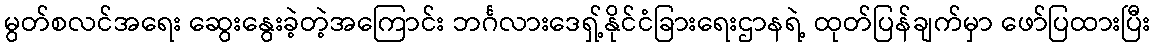
မွတ်စလင်အရေး ဆွေးနွေးခဲ့တဲ့အကြောင်း ဘင်္ဂလားဒေရှ့်နိုင်ငံခြားရေးဌာနရဲ့ ထုတ်ပြန်ချက်မှာ ဖော်ပြထားပြီး